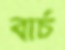
বার্চ